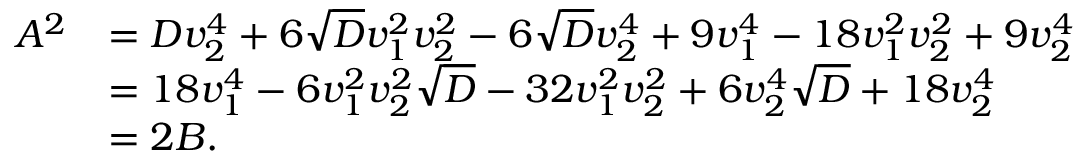
\begin{array} { r l } { A ^ { 2 } } & { = D v _ { 2 } ^ { 4 } + 6 \sqrt { D } v _ { 1 } ^ { 2 } v _ { 2 } ^ { 2 } - 6 \sqrt { D } v _ { 2 } ^ { 4 } + 9 v _ { 1 } ^ { 4 } - 1 8 v _ { 1 } ^ { 2 } v _ { 2 } ^ { 2 } + 9 v _ { 2 } ^ { 4 } } \\ & { = 1 8 v _ { 1 } ^ { 4 } - 6 v _ { 1 } ^ { 2 } v _ { 2 } ^ { 2 } \sqrt { D } - 3 2 v _ { 1 } ^ { 2 } v _ { 2 } ^ { 2 } + 6 v _ { 2 } ^ { 4 } \sqrt { D } + 1 8 v _ { 2 } ^ { 4 } } \\ & { = 2 B . } \end{array}